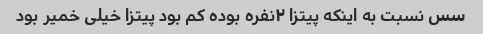
سس نسبت به اینکه پیتزا ۲نفره بوده کم بود پیتزا خیلی خمیر بود